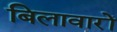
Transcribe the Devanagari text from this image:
बिलावारों